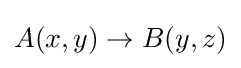
A(x,y)\rightarrow B(y,z)